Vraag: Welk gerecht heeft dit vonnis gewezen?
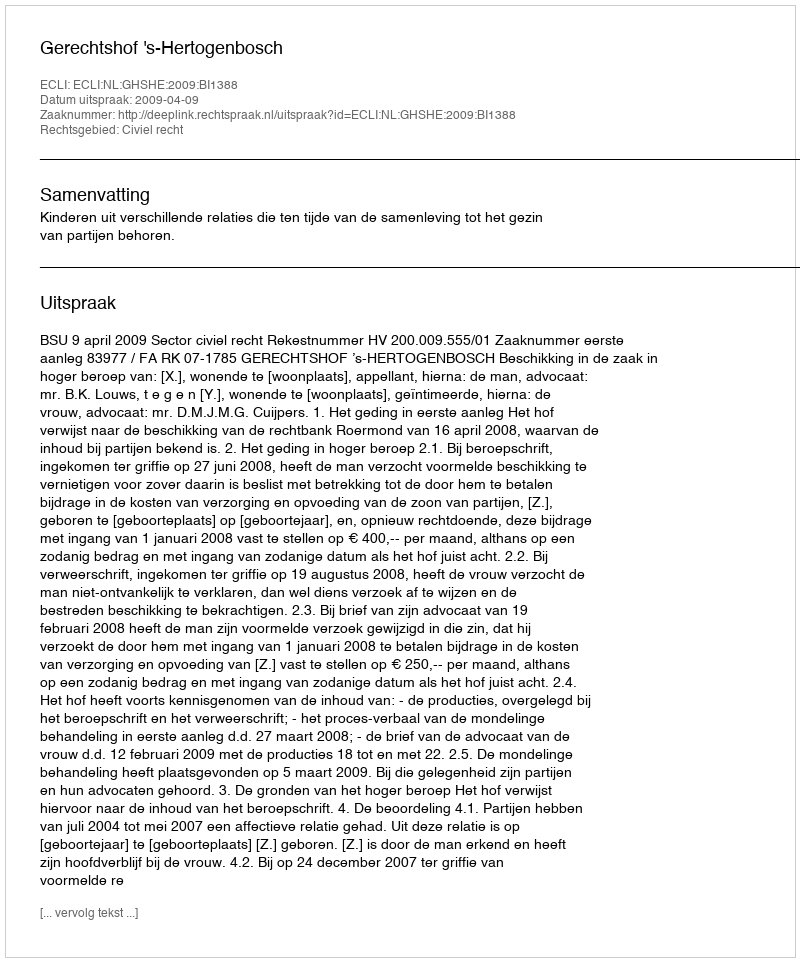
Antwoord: Gerechtshof 's-Hertogenbosch